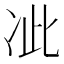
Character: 𭂍